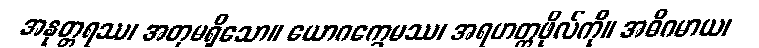
အနုတ္တရဿ၊ အတုမရှိသော။ ယောဂက္ခေမဿ၊ အရဟတ္တဖိုလ်ကို။ အဓိဂမာယ၊